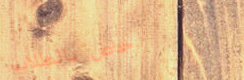
خاص بالطلاب